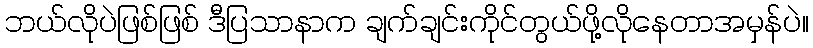
ဘယ်လိုပဲဖြစ်ဖြစ် ဒီပြသာနာက ချက်ချင်းကိုင်တွယ်ဖို့လိုနေတာအမှန်ပဲ။